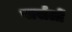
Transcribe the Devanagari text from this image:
पार्सलों